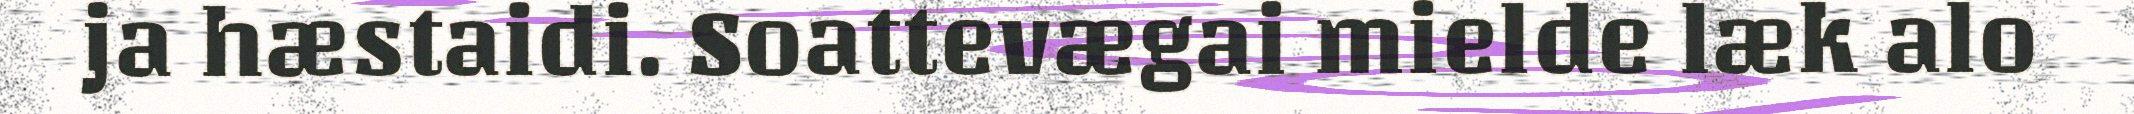
ja hæstaidi. Soattevægai mielde læk alo